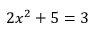
2 x ^ { 2 } + 5 = 3